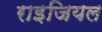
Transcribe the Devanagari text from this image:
राइजियल